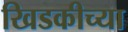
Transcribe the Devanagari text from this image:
खिडकीच्या